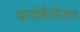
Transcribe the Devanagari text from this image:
बायोकैमिकल